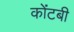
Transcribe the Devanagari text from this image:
कोंटबी